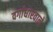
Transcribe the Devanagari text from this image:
वर्गाधारवाले